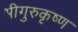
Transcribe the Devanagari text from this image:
श्रीगुरुकृष्ण